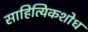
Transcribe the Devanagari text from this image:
साहित्यिकशोध